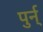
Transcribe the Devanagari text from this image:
पुर्न्